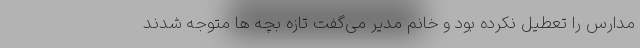
مدارس را تعطیل نکرده بود و خانم مدیر می‌گفت تازه بچه ها متوجه شدند